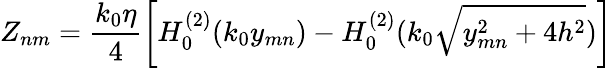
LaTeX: Z_{nm}=\frac{k_{0}\eta}{4}\left[H_{0}^{(2)}(k_{0}y_{mn})-H_{0}^{(2)}(k_{0}\sqrt{y_{mn}^{2}+4h^{2}})\right]